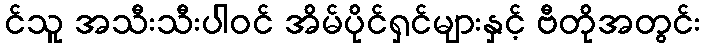
င်သူ အသီးသီးပါဝင် အိမ်ပိုင်ရှင်များနှင့် ဗီတိုအတွင်း